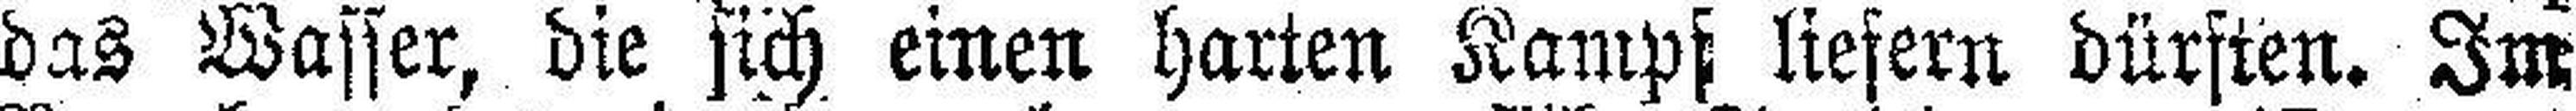
das Wasser, die sich einen harten Kampf liefern dürften. Im